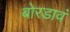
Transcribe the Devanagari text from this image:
बोरडावं